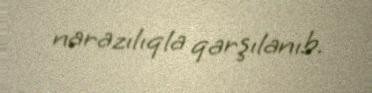
narazılıqla qarşılanıb.